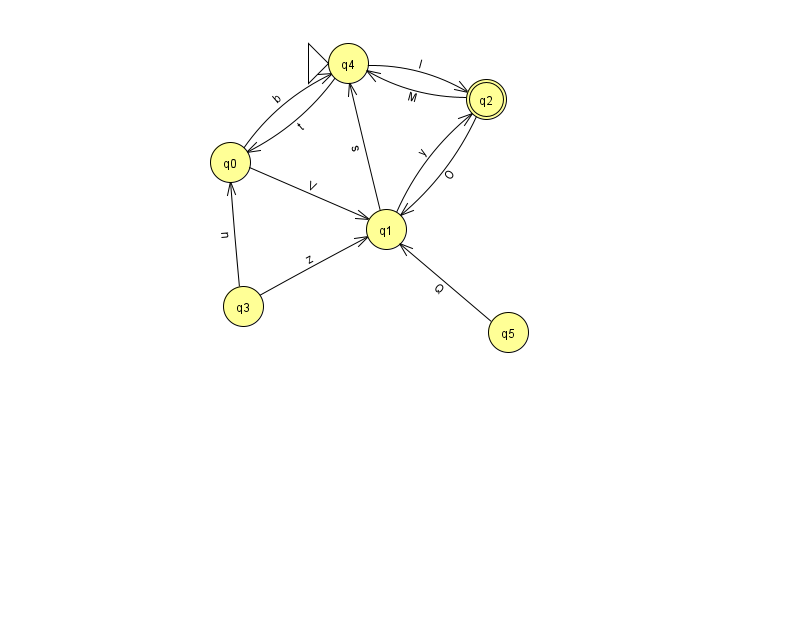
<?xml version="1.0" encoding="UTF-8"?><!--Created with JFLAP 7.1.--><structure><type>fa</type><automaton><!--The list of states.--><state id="0" name="q0"><x>230.0</x><y>149.0</y></state><state id="1" name="q1"><x>386.0</x><y>216.0</y></state><state id="2" name="q2"><x>486.0</x><y>86.0</y><final/></state><state id="3" name="q3"><x>243.0</x><y>293.0</y></state><state id="4" name="q4"><x>348.0</x><y>50.0</y><initial/></state><state id="5" name="q5"><x>508.0</x><y>319.0</y></state><!--The list of transitions.--><transition><from>2</from><to>4</to><read>M</read></transition><transition><from>4</from><to>2</to><read>l</read></transition><transition><from>3</from><to>0</to><read>n</read></transition><transition><from>3</from><to>1</to><read>z</read></transition><transition><from>0</from><to>1</to><read>V</read></transition><transition><from>4</from><to>0</to><read>t</read></transition><transition><from>5</from><to>1</to><read>Q</read></transition><transition><from>1</from><to>2</to><read>y</read></transition><transition><from>2</from><to>1</to><read>O</read></transition><transition><from>1</from><to>4</to><read>s</read></transition><transition><from>0</from><to>4</to><read>b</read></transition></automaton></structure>